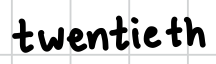
Text: twentieth
Cross-out: clean
Writing tool: digital_black